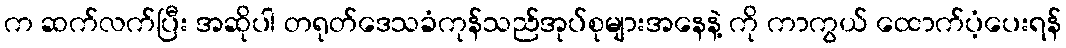
က ဆက်လက်ပြီး အဆိုပါ တရုတ်ဒေသခံကုန်သည်အုပ်စုများအနေနဲ့ ကို ကာကွယ် ထောက်ပံ့ပေးရန်